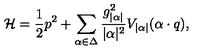
\mathcal { H } = { \frac { 1 } { 2 } } p ^ { 2 } + \sum _ { \alpha \in \Delta } { \frac { g _ { | \alpha | } ^ { 2 } } { | \alpha | ^ { 2 } } } V _ { | \alpha | } ( \alpha \cdot q ) ,